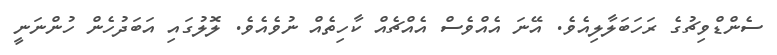
ސެންޑްވިޗުގެ ރަހަބަލާލިއެވެ. އޭނަ އެއްވެސް އެއްޗެއް ކާހިތެއް ނުވެއެވެ. ލޮލުގައި އަބަދުހެން ހުންނަނީ